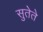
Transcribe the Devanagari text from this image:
सुतेते